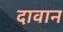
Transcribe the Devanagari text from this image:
दावान